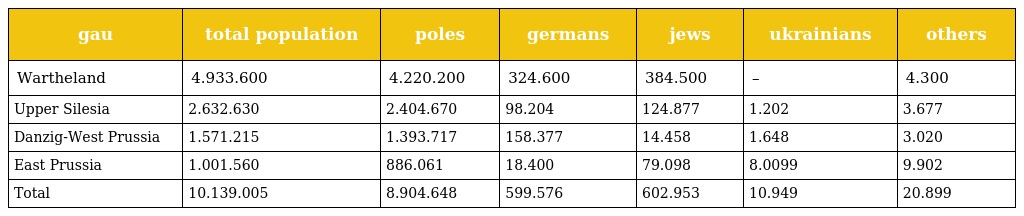
| gau | total population | poles | germans | jews | ukrainians | others |
 | --- | --- | --- | --- | --- | --- | --- |
 | Wartheland | 4.933.600 | 4.220.200 | 324.600 | 384.500 | – | 4.300 |
 | Upper Silesia | 2.632.630 | 2.404.670 | 98.204 | 124.877 | 1.202 | 3.677 |
 | Danzig-West Prussia | 1.571.215 | 1.393.717 | 158.377 | 14.458 | 1.648 | 3.020 |
 | East Prussia | 1.001.560 | 886.061 | 18.400 | 79.098 | 8.0099 | 9.902 |
 | Total | 10.139.005 | 8.904.648 | 599.576 | 602.953 | 10.949 | 20.899 |